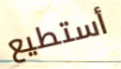
أستطيع